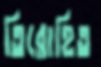
তিরোহিত